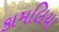
કામલિયા